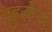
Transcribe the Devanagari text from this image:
वृहत्केन्द्र